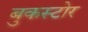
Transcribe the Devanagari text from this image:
बुकस्‍टोर